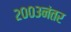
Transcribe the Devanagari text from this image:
२००३नंतर